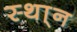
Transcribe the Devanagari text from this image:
स्था्न